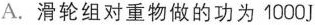
A.滑轮组对重物做的功为1000J